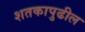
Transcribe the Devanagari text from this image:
शतकापुढील